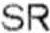
SR